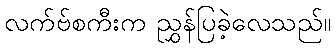
လက်ဗ်စကီးက ညွှန်ပြခဲ့လေသည်။